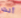
أنت